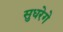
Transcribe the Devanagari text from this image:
सुधरेगे